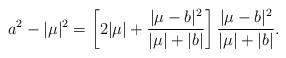
LaTeX: \begin{align*}a^2 -|\mu|^2 = \left[ 2|\mu| +\dfrac{|\mu-b|^2}{|\mu|+|b|}\right]\dfrac{|\mu-b|^2}{|\mu|+|b|} .\end{align*}